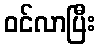
ဝင်လာပြီး